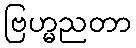
ဗြဟ္မညတာ